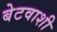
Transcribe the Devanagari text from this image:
बेटवाशी